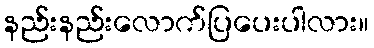
နည်းနည်းလောက်ပြပေးပါလား။